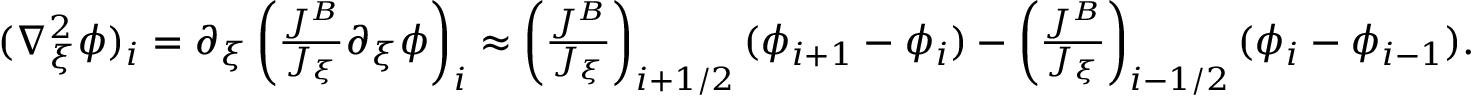
\begin{array} { r } { ( \nabla _ { \xi } ^ { 2 } \phi ) _ { i } = \partial _ { \xi } \left( \frac { J ^ { B } } { J _ { \xi } } \partial _ { \xi } \phi \right) _ { i } \approx \left( \frac { J ^ { B } } { J _ { \xi } } \right) _ { i + 1 / 2 } ( \phi _ { i + 1 } - \phi _ { i } ) - \left( \frac { J ^ { B } } { J _ { \xi } } \right) _ { i - 1 / 2 } ( \phi _ { i } - \phi _ { i - 1 } ) . } \end{array}